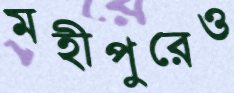
মহীপুরেও